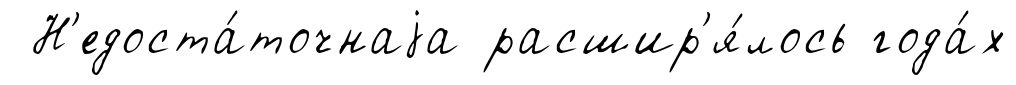
Н'едоста́точнаjа расшир'я́лось года́х